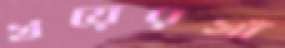
খয়েরখাঁ